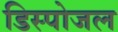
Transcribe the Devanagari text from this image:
डिस्पोजल